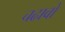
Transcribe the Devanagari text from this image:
चढावो